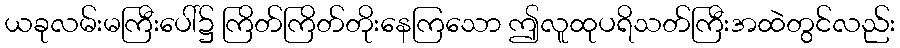
ယခုလမ်းမကြီးပေါ်၌ ကြိတ်ကြိတ်တိုးနေကြသော ဤလူထုပရိသတ်ကြီးအထဲတွင်လည်း